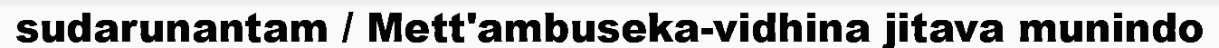
sudarunantam / Mett'ambuseka-vidhina jitava munindo